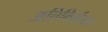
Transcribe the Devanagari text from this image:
अतिनिर्भरता